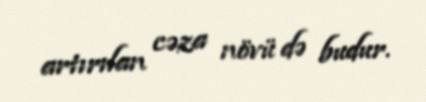
artırılan cəza növü də budur.